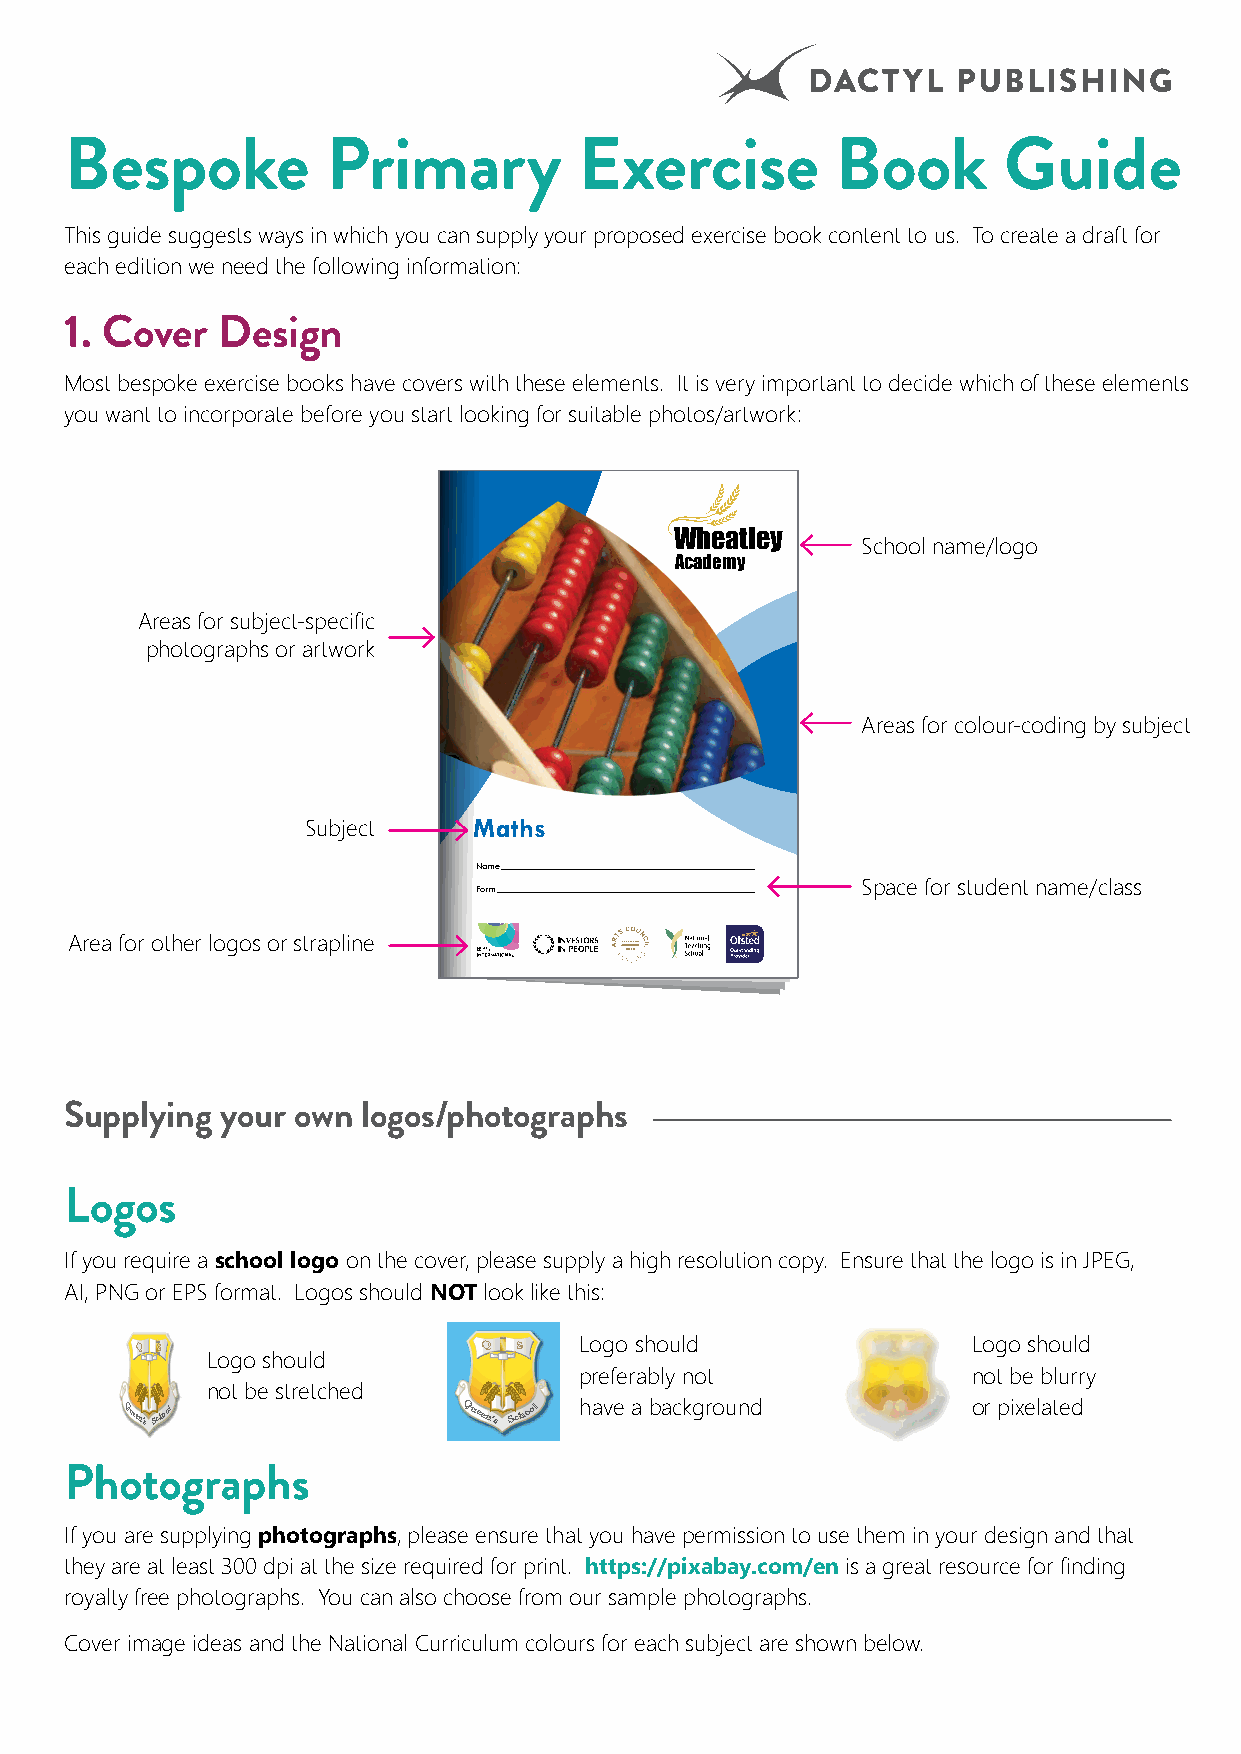
DACTYL    PUBLISHING
 Bespoke           Primary         Exercise         Book       Guide
 This guide suggests ways in which you can supply your proposed exercise book content to us. To create a draft for
 each edition we need the following information:
 1. Cover  Design
 Most bespoke exercise books have covers with these elements. It is very important to decide which of these elements
 you want to incorporate before you start looking for suitable photos/artwork:
 Wheatley
 School name/logo
 Academy
 Areas for subject-specific
 photographs or artwork
 Areas for colour-coding by subject
 Subject    Maths
 Name
 Space for student name/class
 Form
 Area for other logos or strapline
 GOLD
 Supplying  your own logos/photographs
 Logos
 If you require a school logo on the cover, please supply a high resolution copy. Ensure that the logo is in JPEG,
 AI, PNG or EPS format. Logos should NOT look like this:
 Q S                    Q S   Logo should               Logo should
 Logo should
 preferably not            not be blurry
 not be stretched
 Queen'sSchool          Queen's School have a background or pixelated
 Photographs
 If you are supplying photographs, please ensure that you have permission to use them in your design and that
 they are at least 300 dpi at the size required for print. https://pixabay.com/en is a great resource for finding
 royalty free photographs. You can also choose from our sample photographs.
 Cover image ideas and the National Curriculum colours for each subject are shown below.